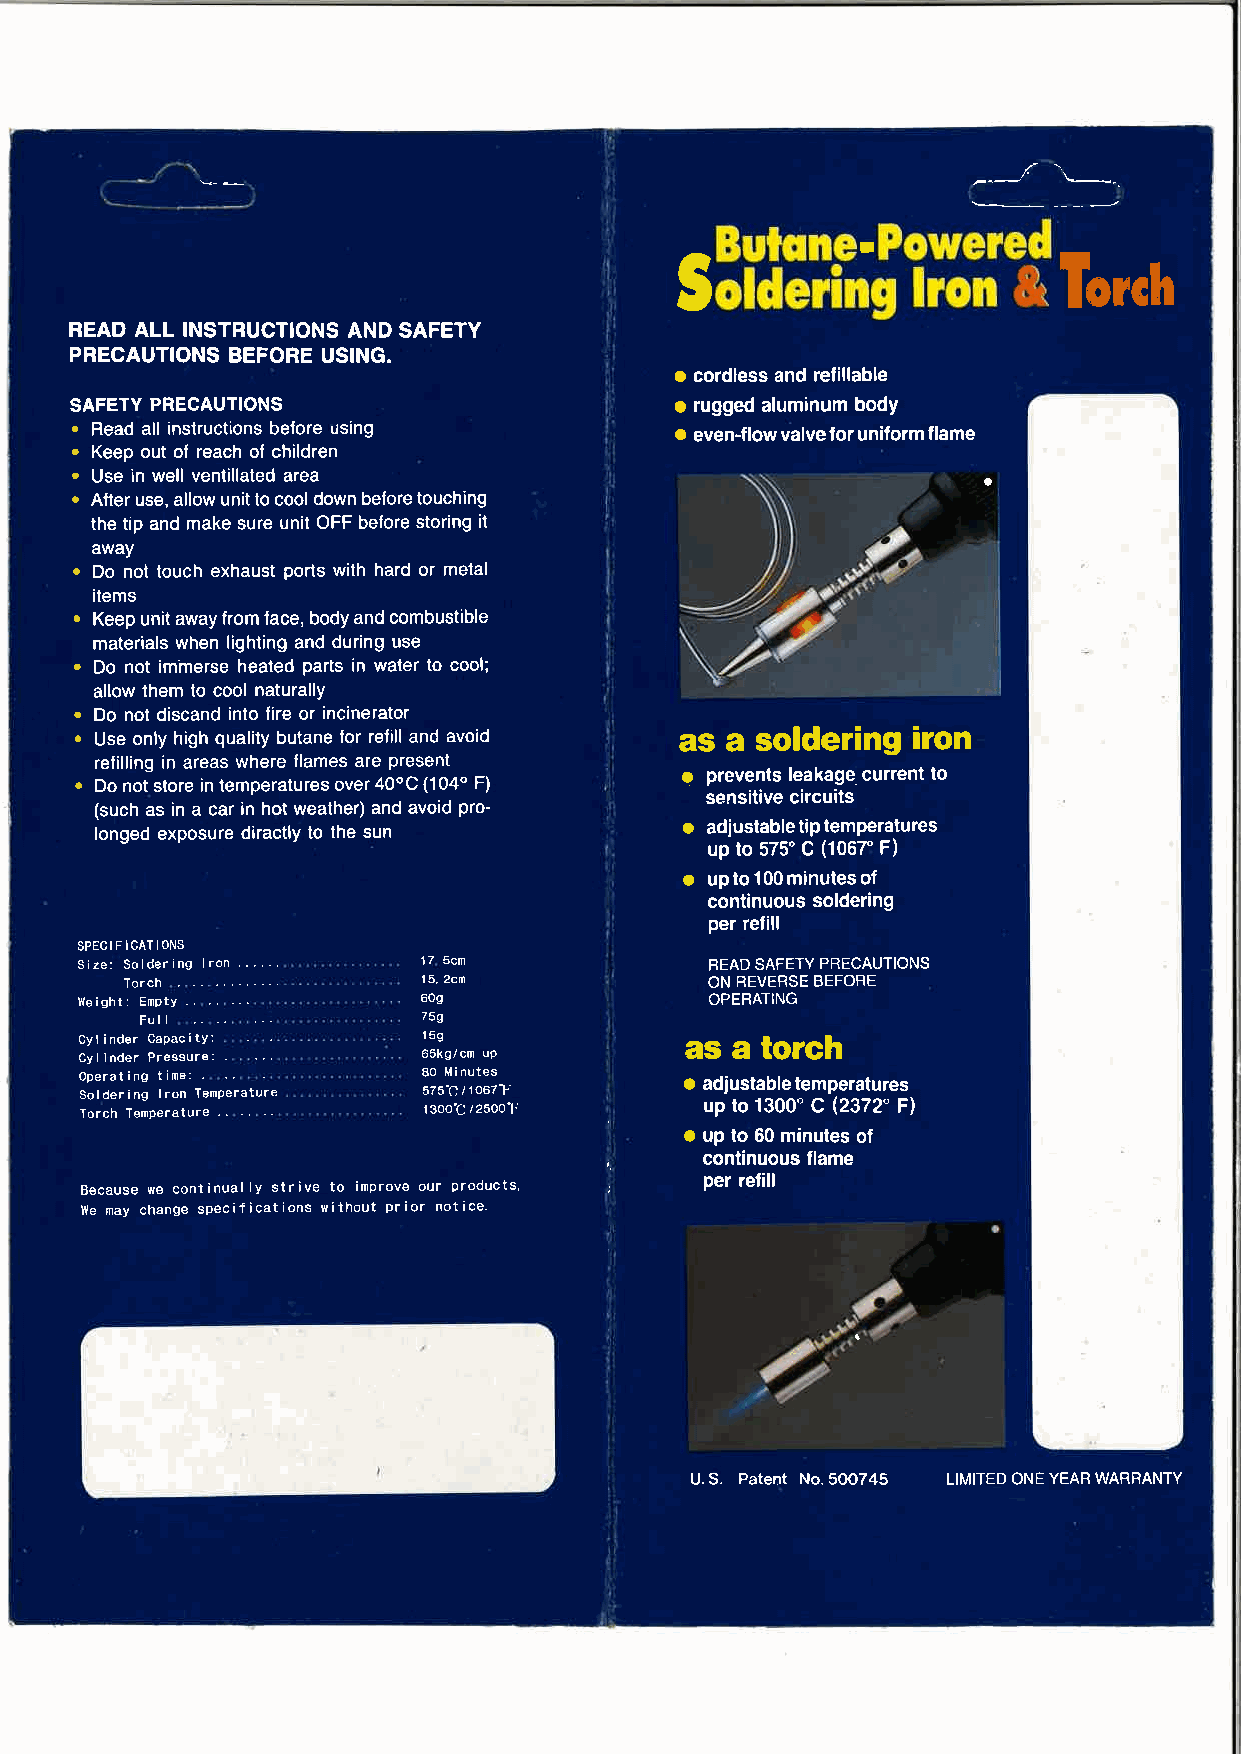
-'.=--.
 ---f
 I
 s
 Iorch
 READ ALL INSTRUCTIONS AND SAFETY
 PRECAUTIONS BEFORE USING.
 ¡
 cordless and refillable
 SAFETY PRECAUTIONS                      o rugged aluminum body
 .
 Read all instructions before using     o even-flow valve for uniform flame
 o Keep out of reach of children
 .
 Use in well ventillated area
 a
 o After use, allow unit to cool down before touching
 the tip and make sure unit OFF before storing it
 away
 .
 Do not touch exhaust ports with hard or metal
 items
 .
 KeeP unit away from face, body and combustible
 materials when lighting and during use
 .
 Do not imìnerse heated parts in water to cool;
 allow them to cool naturally
 .
 Do not discand into fire or incinerator
 . Use only high quality butane for refill and avoid as a soldering ¡ron
 ¡ refilling in areas where flames are present o prevents leakage current to
 Do not store in temperatures over 40"C (104" F)
 sensitive circuits
 (such as in a car ¡n hot weather) and avoid pro-
 longed exposure diractly to the sun    o adjustable tip temperatures
 up to 575'C (106r F)
 o uptol00minutesof
 continuous soldering
 per refill
 SPECIFICATIONS
 Size: Solder¡ng lron ...... 17 scm        BEAD SAFETY PRECAUTIONS
 Torch               1 5. 2cm           ON REVERSE BEFORE
 vle¡ght: EmPtY         6og                OPERATING
 Full               759
 Cyl inder Capac¡tY:    159              as a torch
 Cyl inder Pressure: . . 65kg/cm up
 Operating time:        8o M¡ nutes      o adjustable temperatures
 S To o I r d ce hr T¡ n emg PI ero ran t uT re em .p . er .a .tu r .e . 5 1 7 35 O'C O cI 1 / 2O 56 07' 0F 'lj up to 1300' C (2372 F|
 a up to 60 minutes of
 continuous flame
 Because we continual ly str¡ve to improve our products' per refill
 lïe may change spec¡f¡cations without prior not¡ce.
 U.S. Patent No.5OO745 LIMITED ONE YEAR WARBANTY